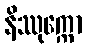
နိဿုက္ကော